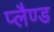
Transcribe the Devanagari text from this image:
प्लैण्ड